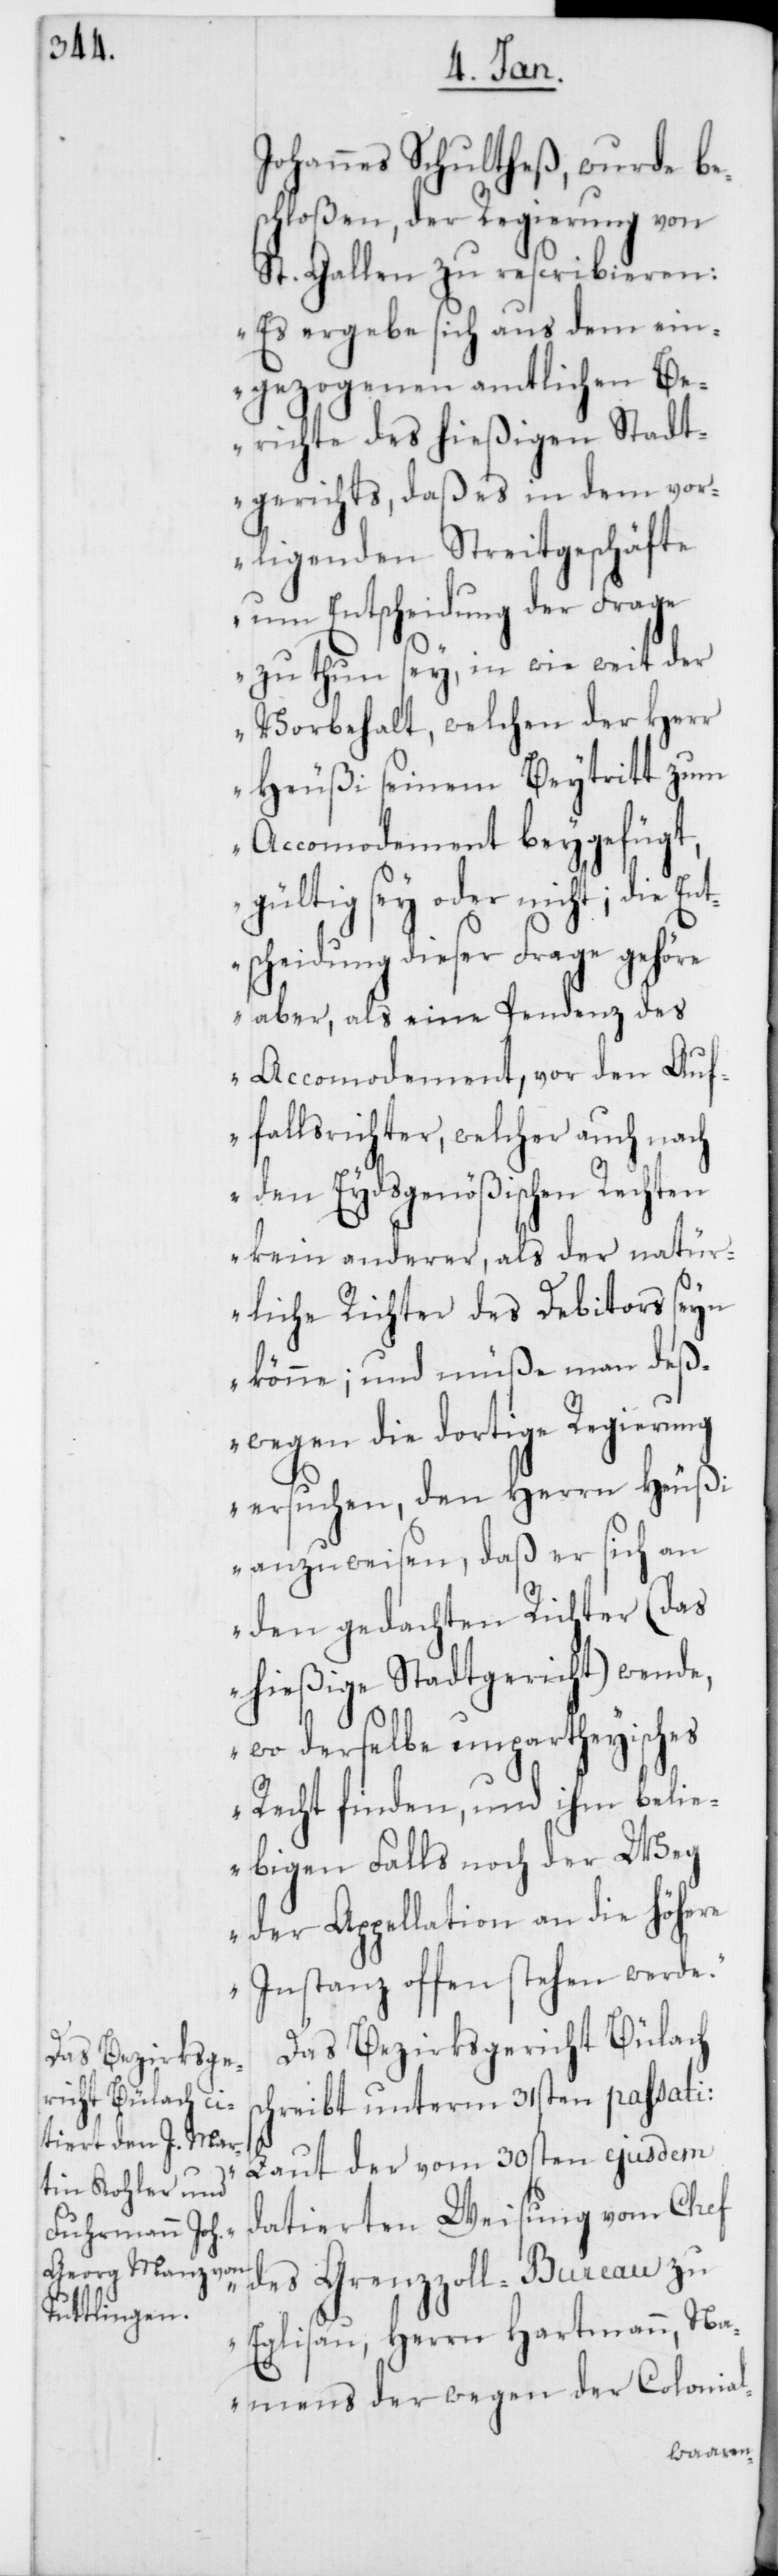
Johannes Schultheß, wurde be¬
schloßen, der Regierung von
St. Gallen zu rescribieren:
„Es ergebe sich aus dem ein¬
gezogenen amtlichen Be¬
richte des hießigen Stadt¬
gerichts, daß es in dem vor¬
ligenden Streitgeschäfte
um Entscheidung der Frage
zu thun sey, in wie weit der
Vorbehalt, welchen der Herr
Heußi seinem Beytritt zum
Accomodement beyfügt,
gültig sey oder nicht; die
tscheidung dieser Frage gehöre
aber, als eine Pendenz des
Accomodement, vor den Auf¬
fallsrichter, welcher auch nach
den Eydsgenößischen Rechten
kein anderer, als der natür¬
liche Richter des Debitors seyn
könne; und müße man deß¬
wegen die dortige Regierung
ersuchen, den Herrn Heußi
anzuweisen, daß er sich an
den gedachten Richter (das
hießige Stadtgericht) wende,
wo derselbe unpartheyisches
Recht finden, und ihm belie¬
bigen Falls noch der Weg
der Appellation an die höhere
Instanz offen stehen werde.“
Das Bezirksge¬
richt Bülach s¬
chreibt unterm 31sten passati:
„Laut der vom 30sten ejusdem
datierten Weisung vom Chef
En¬
des Grenzzoll-Bureau zu
Eglisau, Herrn Hartmann, Na¬
mens der wegen der Colonial-